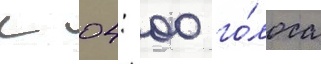
К 04: 00 го́лоса